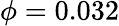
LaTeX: \phi=0.032